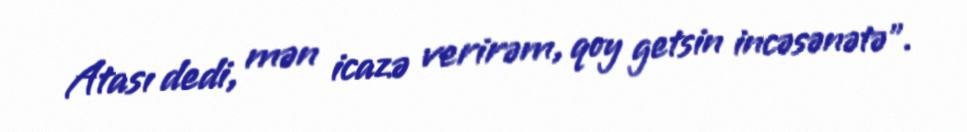
Atası dedi, mən icazə verirəm, qoy getsin incəsənətə”.